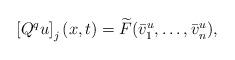
LaTeX: \begin{align*}\begin{array}{cc}\left[Q^qu\right]_j(x,t)=\widetilde{F}(\bar v_{1}^u,\dots,\bar v_{n}^u),\end{array}\end{align*}